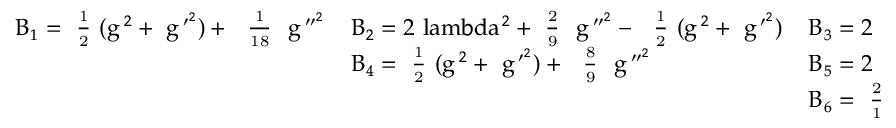
\mathrm { \small ~ \left. \begin{array} { l l l } { { B _ { 1 } = \mathrm { ~ \textstyle \frac { { 1 } } { { 2 } } ~ } ( g ^ { 2 } + ~ g ^ { \prime ^ { 2 } } ) + ~ \mathrm { ~ \textstyle \frac { { 1 } } { { 1 8 } } ~ } ~ g ^ { \prime \prime ^ { 2 } } } } & { { B _ { 2 } = 2 \ l a m b d a ^ { 2 } + \mathrm { ~ \textstyle \frac { { 2 } } { { 9 } } ~ } ~ g ^ { \prime \prime ^ { 2 } } - ~ \mathrm { ~ \textstyle \frac { { 1 } } { { 2 } } ~ } ( g ^ { 2 } + ~ g ^ { \prime ^ { 2 } } ) } } & { { B _ { 3 } = 2 \ l a m b d a ^ { 2 } - \mathrm { ~ \textstyle \frac { { 5 } } { { 1 8 } } ~ } ~ g ^ { \prime \prime ^ { 2 } } } } \\ { { } } & { { B _ { 4 } = \mathrm { ~ \textstyle \frac { { 1 } } { { 2 } } ~ } ( g ^ { 2 } + ~ g ^ { \prime ^ { 2 } } ) + ~ \mathrm { ~ \textstyle \frac { { 8 } } { { 9 } } ~ } ~ g ^ { \prime \prime ^ { 2 } } } } & { { B _ { 5 } = 2 \ l a m b d a ^ { 2 } - \mathrm { ~ \textstyle \frac { { 1 0 } } { { 9 } } ~ } ~ g ^ { \prime \prime ^ { 2 } } } } \\ { { } } & { { } } & { { B _ { 6 } = \mathrm { ~ \textstyle \frac { { 2 5 } } { { 1 8 } } ~ } ~ g ^ { \prime \prime ^ { 2 } } } } \end{array} \right\} ~ } \, .